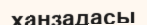
ханзадасы